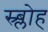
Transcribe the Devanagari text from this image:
स्र्ब्लोह